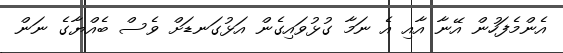
އެންމެފަހުން އޭނާ އާއި އެ ނަމާ ގުޅުވައިގެން އަޅުގަނޑަށް ވެސް ބެއްޔާގެ ނަން